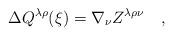
LaTeX: \begin{align*}\Delta Q^{\lambda\rho}(\xi)=\nabla_\nu Z^{\lambda\rho\nu}~~~,\end{align*}